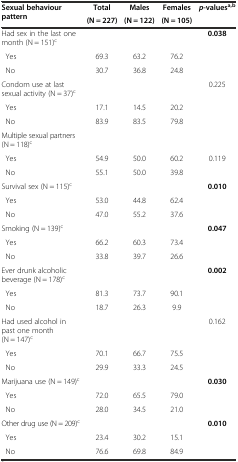
| <ROWSPAN=2> Sexual behaviour pattern | Total | Males | Females | <ROWSPAN=2> p-valuesa,b |
 | (N = 227) | (N = 122) | (N = 105) |
 | --- | --- | --- | --- | --- |
 | Had sex in the last one month (N = 151)c |  |  |  | 0.038 |
 | Yes | 69.3 | 63.2 | 76.2 |  |
 | No | 30.7 | 36.8 | 24.8 |  |
 | Condom use at last sexual activity (N = 37)c |  |  |  | 0.225 |
 | Yes | 17.1 | 14.5 | 20.2 |  |
 | No | 83.9 | 83.5 | 79.8 |  |
 | Multiple sexual partners (N = 118)c |  |  |  |  |
 | Yes | 54.9 | 50.0 | 60.2 | 0.119 |
 | No | 55.1 | 50.0 | 39.8 |  |
 | Survival sex (N = 115)c |  |  |  | 0.010 |
 | Yes | 53.0 | 44.8 | 62.4 |  |
 | No | 47.0 | 55.2 | 37.6 |  |
 | Smoking (N = 139)c |  |  |  | 0.047 |
 | Yes | 66.2 | 60.3 | 73.4 |  |
 | No | 33.8 | 39.7 | 26.6 |  |
 | Ever drunk alcoholic beverage (N = 178)c |  |  |  | 0.002 |
 | Yes | 81.3 | 73.7 | 90.1 |  |
 | No | 18.7 | 26.3 | 9.9 |  |
 | Had used alcohol in past one month (N = 147)c |  |  |  | 0.162 |
 | Yes | 70.1 | 66.7 | 75.5 |  |
 | No | 29.9 | 33.3 | 24.5 |  |
 | Marijuana use (N = 149)c |  |  |  | 0.030 |
 | Yes | 72.0 | 65.5 | 79.0 |  |
 | No | 28.0 | 34.5 | 21.0 |  |
 | Other drug use (N = 209)c |  |  |  | 0.010 |
 | Yes | 23.4 | 30.2 | 15.1 |  |
 | No | 76.6 | 69.8 | 84.9 |  |